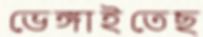
ভেঙ্গাইতেছ